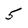
Character: 5